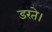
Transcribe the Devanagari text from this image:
डरते।